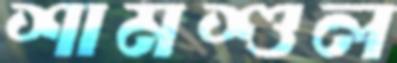
শামশুল